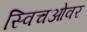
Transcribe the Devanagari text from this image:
स्विचओवर